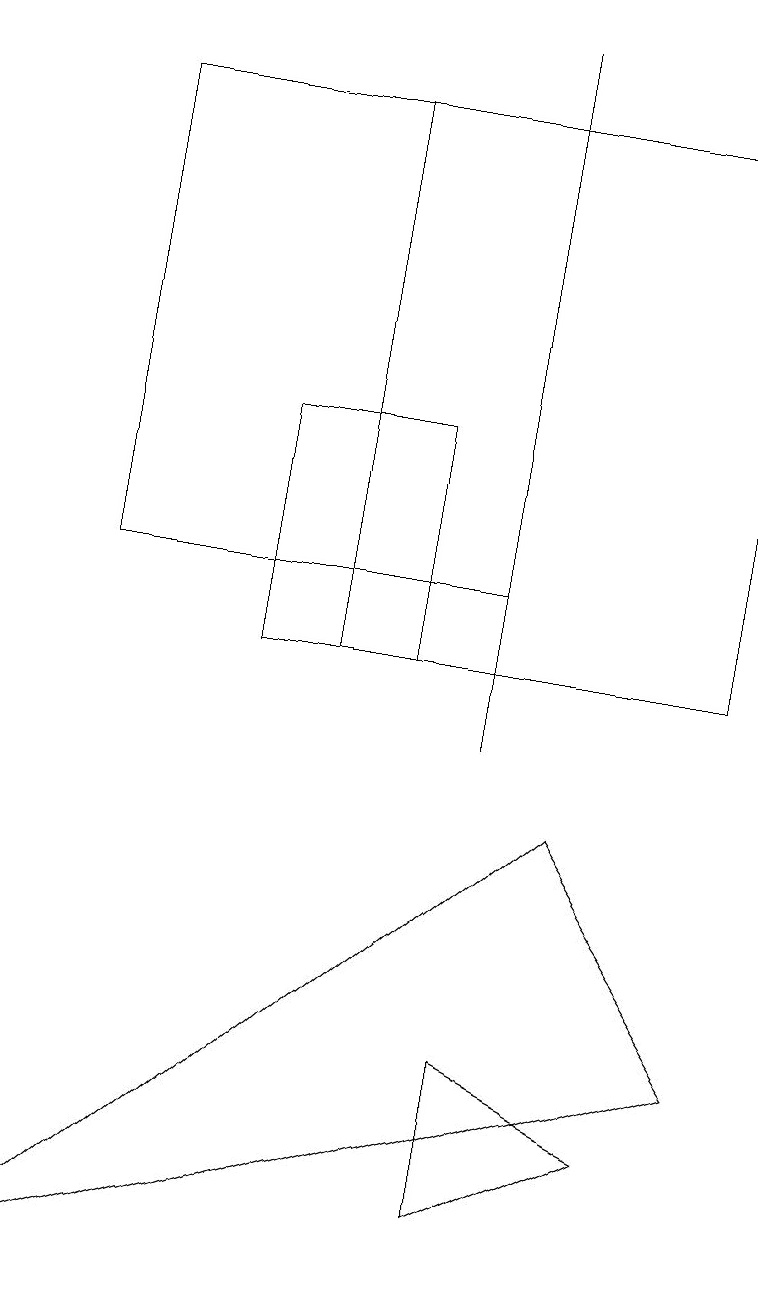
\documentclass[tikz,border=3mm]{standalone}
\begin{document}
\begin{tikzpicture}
\draw (6,12) rectangle (1,18);
\draw (4,11) rectangle (9,18);
\draw (6,4) -- (6,6) -- (8,5) -- cycle;
\draw (5,11) rectangle (3,14);
\draw (6,19) rectangle (6,10);
\draw (9,6) -- (7,9) -- (0,3) -- cycle;
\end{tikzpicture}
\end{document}